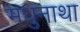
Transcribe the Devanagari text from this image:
मधुनाथा